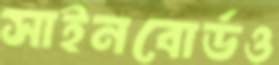
সাইনবোর্ডও